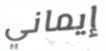
إيماني